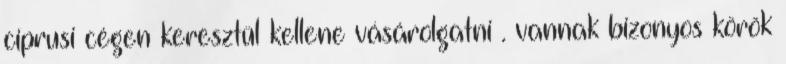
ciprusi cégen keresztül kellene vásárolgatni . vannak bizonyos körök